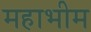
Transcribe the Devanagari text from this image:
महाभीम